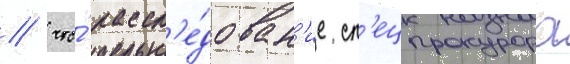
/ что́ рассл'е́дован'ие сп'ецпрокурора